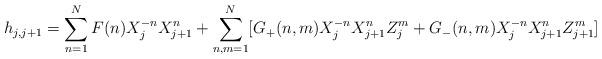
LaTeX: \begin{align*}h_{j,j+1}= \sum_{n=1}^{N} F(n) X_j^{-n}X_{j+1}^n + \sum_{n,m=1}^{N}[ G_+(n,m) X_j^{-n}X_{j+1}^n Z_j^m + G_-(n,m) X_j^{-n}X_{j+1}^n Z_{j+1}^m ]\end{align*}